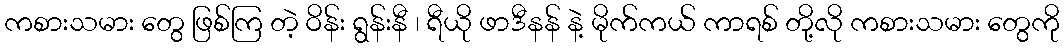
ကစားသမား တွေ ဖြစ်ကြ တဲ့ ဝိန်း ရွန်းနီ ၊ ရီယို ဖာဒီနန် နဲ့ မိုက်ကယ် ကာရစ် တို့လို ကစားသမား တွေကို